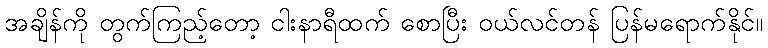
အချိန်ကို တွက်ကြည့်တော့ ငါးနာရီထက် စောပြီး ဝယ်လင်တန် ပြန်မရောက်နိုင်။